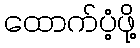
ထောက်ပံ့ဖို့